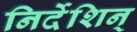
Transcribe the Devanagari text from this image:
निर्देशिन्